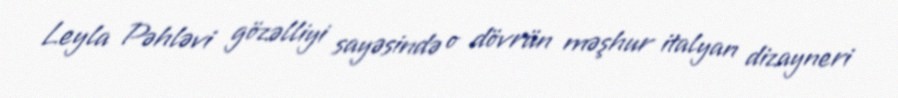
Leyla Pəhləvi gözəlliyi sayəsində o dövrün məşhur italyan dizayneri